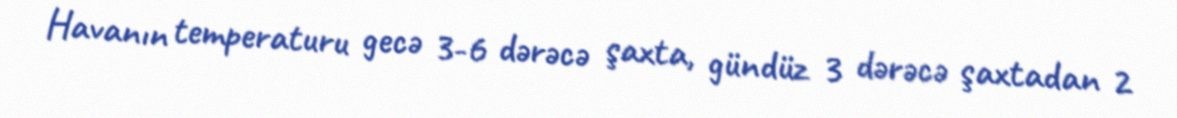
Havanın temperaturu gecə 3-6 dərəcə şaxta, gündüz 3 dərəcə şaxtadan 2